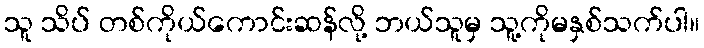
သူ သိပ် တစ်ကိုယ်ကောင်းဆန်လို့ ဘယ်သူမှ သူ့ကိုမနှစ်သက်ပါ။